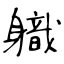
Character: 軄